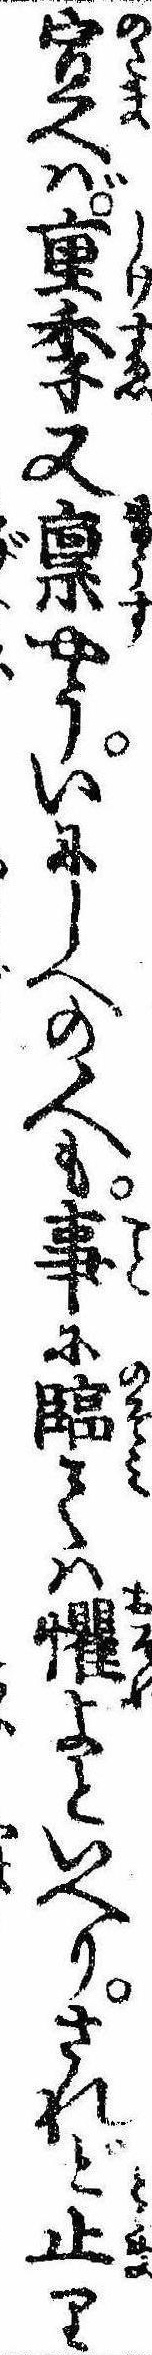
宣へば重季又禀やういにしへの人も事に臨ては懼よといへりされど止り